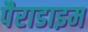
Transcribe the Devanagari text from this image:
पैराडाइम